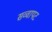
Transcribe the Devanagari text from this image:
सव्वापट